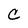
Character: C